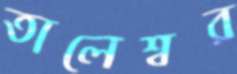
তালেশ্বর